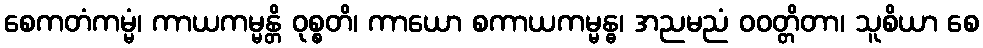
စေကတံကမ္မံ၊ ကာယကမ္မန္တိ ဝုစ္စတိ၊ ကာယော စကာယကမ္မန္ဓ၊ အညမညံ ဝဝတ္တိတာ၊ သူစိယာ စေ